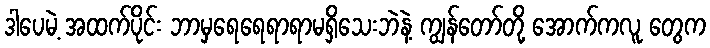
ဒါပေမဲ့ အထက်ပိုင်း ဘာမှရေရေရာရာမရှိသေးဘဲနဲ့ ကျွန်တော်တို့ အောက်ကလူ တွေက